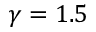
\gamma = 1 . 5